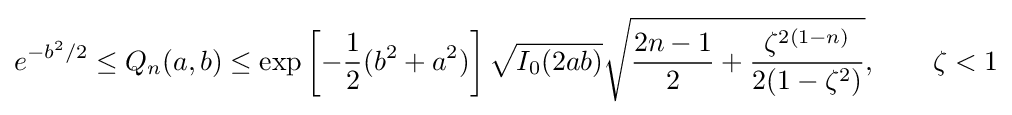
e^{-b^{2}/2}\leq Q_{n}(a,b)\leq \exp \left[-{\frac {1}{2}}(b^{2}+a^{2})\right]{\sqrt {I_{0}(2ab)}}{\sqrt {{\frac {2n-1}{2}}+{\frac {\zeta ^{2(1-n)}}{2(1-\zeta ^{2})}}}},\qquad \zeta <1